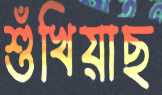
শুঁখিয়াছ